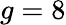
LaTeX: g=8